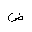
Letter: _dad